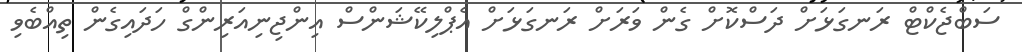
ސަބްޖެކްޓް ރަނގަޅަށް ދަސްކޮށް ގެން ވަރަަށް ރަނގަޅަށް އެޕްލިކޭޝަންސް އިންޖިނިއަރިންގް ހަދައިގެން ތިއްބެވި